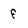
Character: f